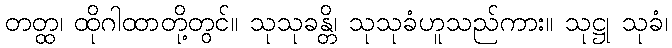
တတ္ထ၊ ထိုဂါထာတို့တွင်။ သုသုခန္တိ၊ သုသုခံဟူသည်ကား။ သုဋ္ဌု သုခံ၊